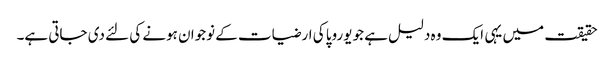
حقیقت میں یہی ایک وہ دلیل ہے جو یوروپا کی ارضیات کے نوجوان ہونے کی لئے دی جاتی ہے۔